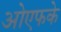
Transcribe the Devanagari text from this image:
ओएफके